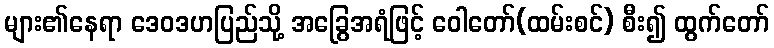
များ၏နေရာ ဒေဝဒဟပြည်သို့ အခြွေအရံဖြင့် ဝေါတော်(ထမ်းစင်) စီး၍ ထွက်တော်